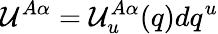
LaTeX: {\mathcal U}^{A\alpha}={\mathcal U}_{u}^{A\alpha}(q)dq^{u}